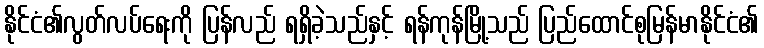
နိုင်ငံ၏လွတ်လပ်ရေးကို ပြန်လည် ရရှိခဲ့သည်နှင့် ရန်ကုန်မြို့သည် ပြည်ထောင်စုမြန်မာနိုင်ငံ၏